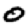
Digit: 0